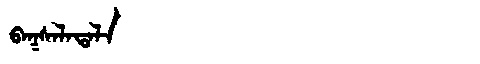
Manchu: ᠪᠠᡴᠰᠠᠯᠠᡨᠠᠯᠠ
Romanization: BAKSALATALA